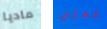
ماديا كمثال